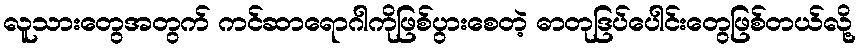
လူသားတွေအတွက် ကင်ဆာရောဂါကိုဖြစ်ပွားစေတဲ့ ဓာတုဒြပ်ပေါင်းတွေဖြစ်တယ်လို့